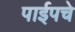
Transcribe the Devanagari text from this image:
पाईपचे